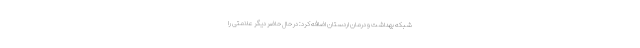
شبکه بهداشت و درمان اردستان اضافه کرد: در حال حاضر دیگر علامتی را